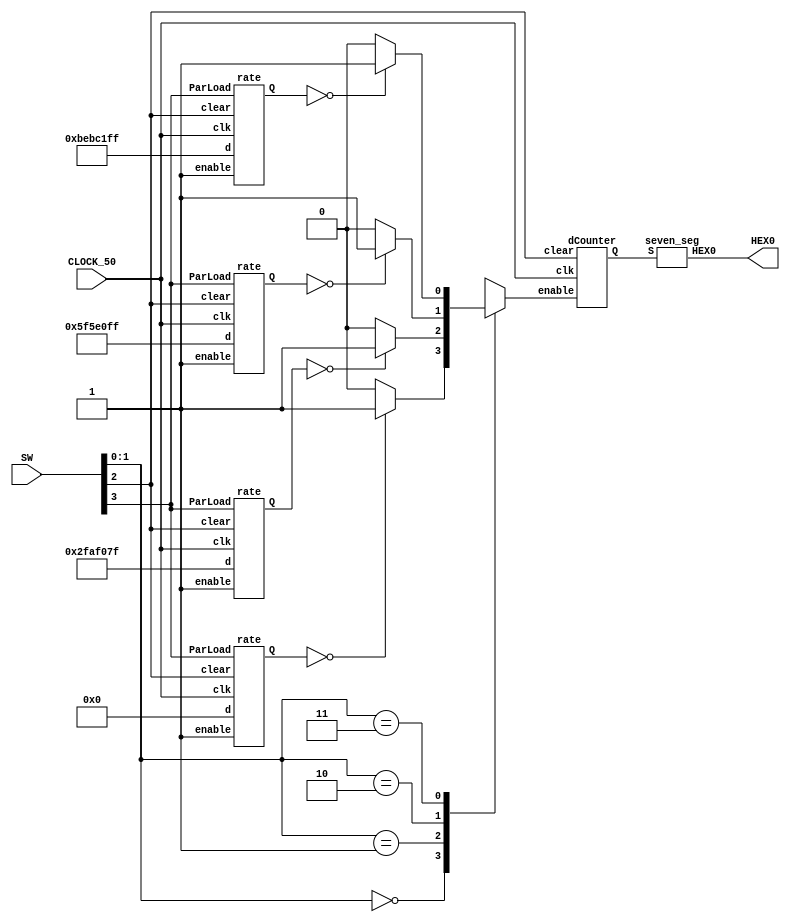
`timescale 1ns / 1ns

module counter(SW, HEX0, CLOCK_50);
	input [3:0] SW;
	output [6:0] HEX0;
	input CLOCK_50;
	wire [27:0] rd0_out, rd1_out, rd2_out, rd3_out;
	reg Enable;
	wire [3:0] dc0_out;
	
	//Counter, 00 counts every tick (make it 0)
	// 01 counts 1 hz, so 49,999,999 times before it goes
	// 10 and 11 are 2x and 3x 50,000,000 - 1 times before it ticks
	rate rd00(CLOCK_50, rd0_out, SW[2], 1'b1, 28'b0000000000000000000000000000, SW[3]);
	rate rd01(CLOCK_50, rd1_out, SW[2], 1'b1, 28'b0010111110101111000001111111, SW[3]);
	rate rd10(CLOCK_50, rd2_out, SW[2], 1'b1, 28'b0101111101011110000011111111, SW[3]);
	rate rd11(CLOCK_50, rd3_out, SW[2], 1'b1, 28'b1011111010111100000111111111, SW[3]);
	
	// If the output of these clocks have reached 0, then make the enable 1
	always @(*)
	begin
		case(SW[1:0])
			2'b00: Enable = (rd0_out == 28'b0000000000000000000000000000) ? 1'b1 : 1'b0;
			2'b01: Enable = (rd1_out == 28'b0000000000000000000000000000) ? 1'b1 : 1'b0;
			2'b10: Enable = (rd2_out == 28'b0000000000000000000000000000) ? 1'b1 : 1'b0;
			2'b11: Enable = (rd3_out == 28'b0000000000000000000000000000) ? 1'b1 : 1'b0;
			default: Enable = 1'b0;
		endcase
	end
	
	dCounter dc0(CLOCK_50, dc0_out, SW[2], Enable);
	seven_seg s0(dc0_out, HEX0);
endmodule

module rate(clk, Q, clear, enable, d, ParLoad);
	input clk, enable, clear, ParLoad;
	input [27:0] d;
	output [27:0] Q;
	reg [27:0] Q;
	always @(posedge clk)
	begin
		//if we want to clear values
		if(clear == 1'b0)
			Q <= 0;
		//if we want to load a value
		else if(ParLoad == 1'b1)
			Q <= d;
		//if the value has reached 0 (load the original)
		else if(Q == 28'b0000000000000000000000000000)
			Q <= d;
		//if enable is 1, then count down
		else if(enable == 1'b1)
			Q <= Q - 1'b1;
	end
endmodule

// counter for the display, each time the timer is enabled, the display counter changes
module dCounter(clk, Q, clear, enable);
	input clk, enable, clear;
	output [3:0] Q;
	reg [3:0] Q;
	always @(posedge clk)
	begin
		if(clear == 1'b0)
			Q <= 0;
		else if(enable == 1'b1)
			Q <= Q + 1'b1;
		else if(enable == 1'b0)
			Q <= Q;
	end
endmodule

// seven segment decoder
module seven_seg(S,HEX0); // FROM LAB2
	input [3:0]S;
	output [6:0]HEX0;
	
	assign HEX0[0] = (~S[3]&~S[2]&~S[1]&S[0])|(~S[3]&S[2]&~S[1]&~S[0])|(S[3]&S[2]&~S[1]&S[0])|(S[3]&~S[2]&S[1]&S[0]);
	assign HEX0[1] = (S[3]&S[2]&~S[0])|(~S[3]&S[2]&~S[1]&S[0])|(S[3]&S[1]&S[0])|(S[2]&S[1]&~S[0]);
	assign HEX0[2] = (~S[3]&~S[2]&S[1]&~S[0])|(S[3]&S[2]&S[1])|(S[3]&S[2]&~S[0]);
	assign HEX0[3] = (~S[3]&~S[2]&~S[1]&S[0])|(~S[3]&S[2]&~S[1]&~S[0])|(S[3]&~S[2]&S[1]&~S[0])|(S[2]&S[1]&S[0]);
	assign HEX0[4] = (~S[3]&S[0])|(~S[3]&S[2]&~S[1])|(~S[2]&~S[1]&S[0]);
	assign HEX0[5] = (~S[3]&~S[2]&S[0])|(~S[3]&~S[2]&S[1])|(~S[3]&S[1]&S[0])|(S[3]&S[2]&~S[1]&S[0]);
	assign HEX0[6] = (~S[3]&~S[2]&~S[1])|(~S[3]&S[2]&S[1]&S[0])|(S[3]&S[2]&~S[1]&~S[0]);
endmodule